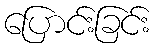
ပြောင်းခြင်း